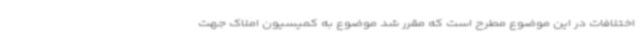
اختلافات در این موضوع مطرح است که مقرر شد موضوع به کمیسیون املاک جهت